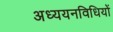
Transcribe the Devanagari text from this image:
अध्ययनविधियों